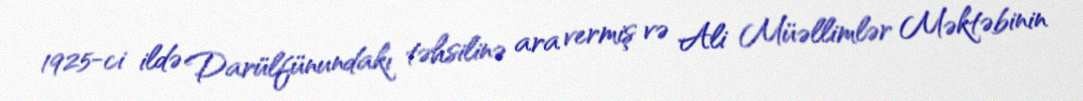
1925-ci ildə Darülfünundakı təhsilinə ara vermiş və Ali Müəllimlər Məktəbinin